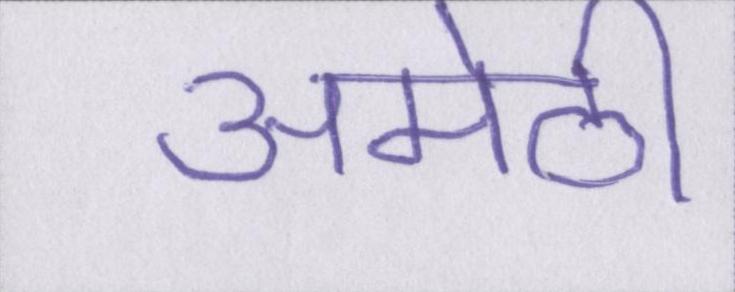
अमेठी